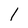
Character: 1